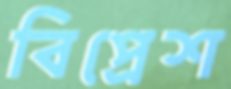
বিপ্রেশ